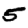
Digit: 5